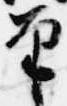
筆